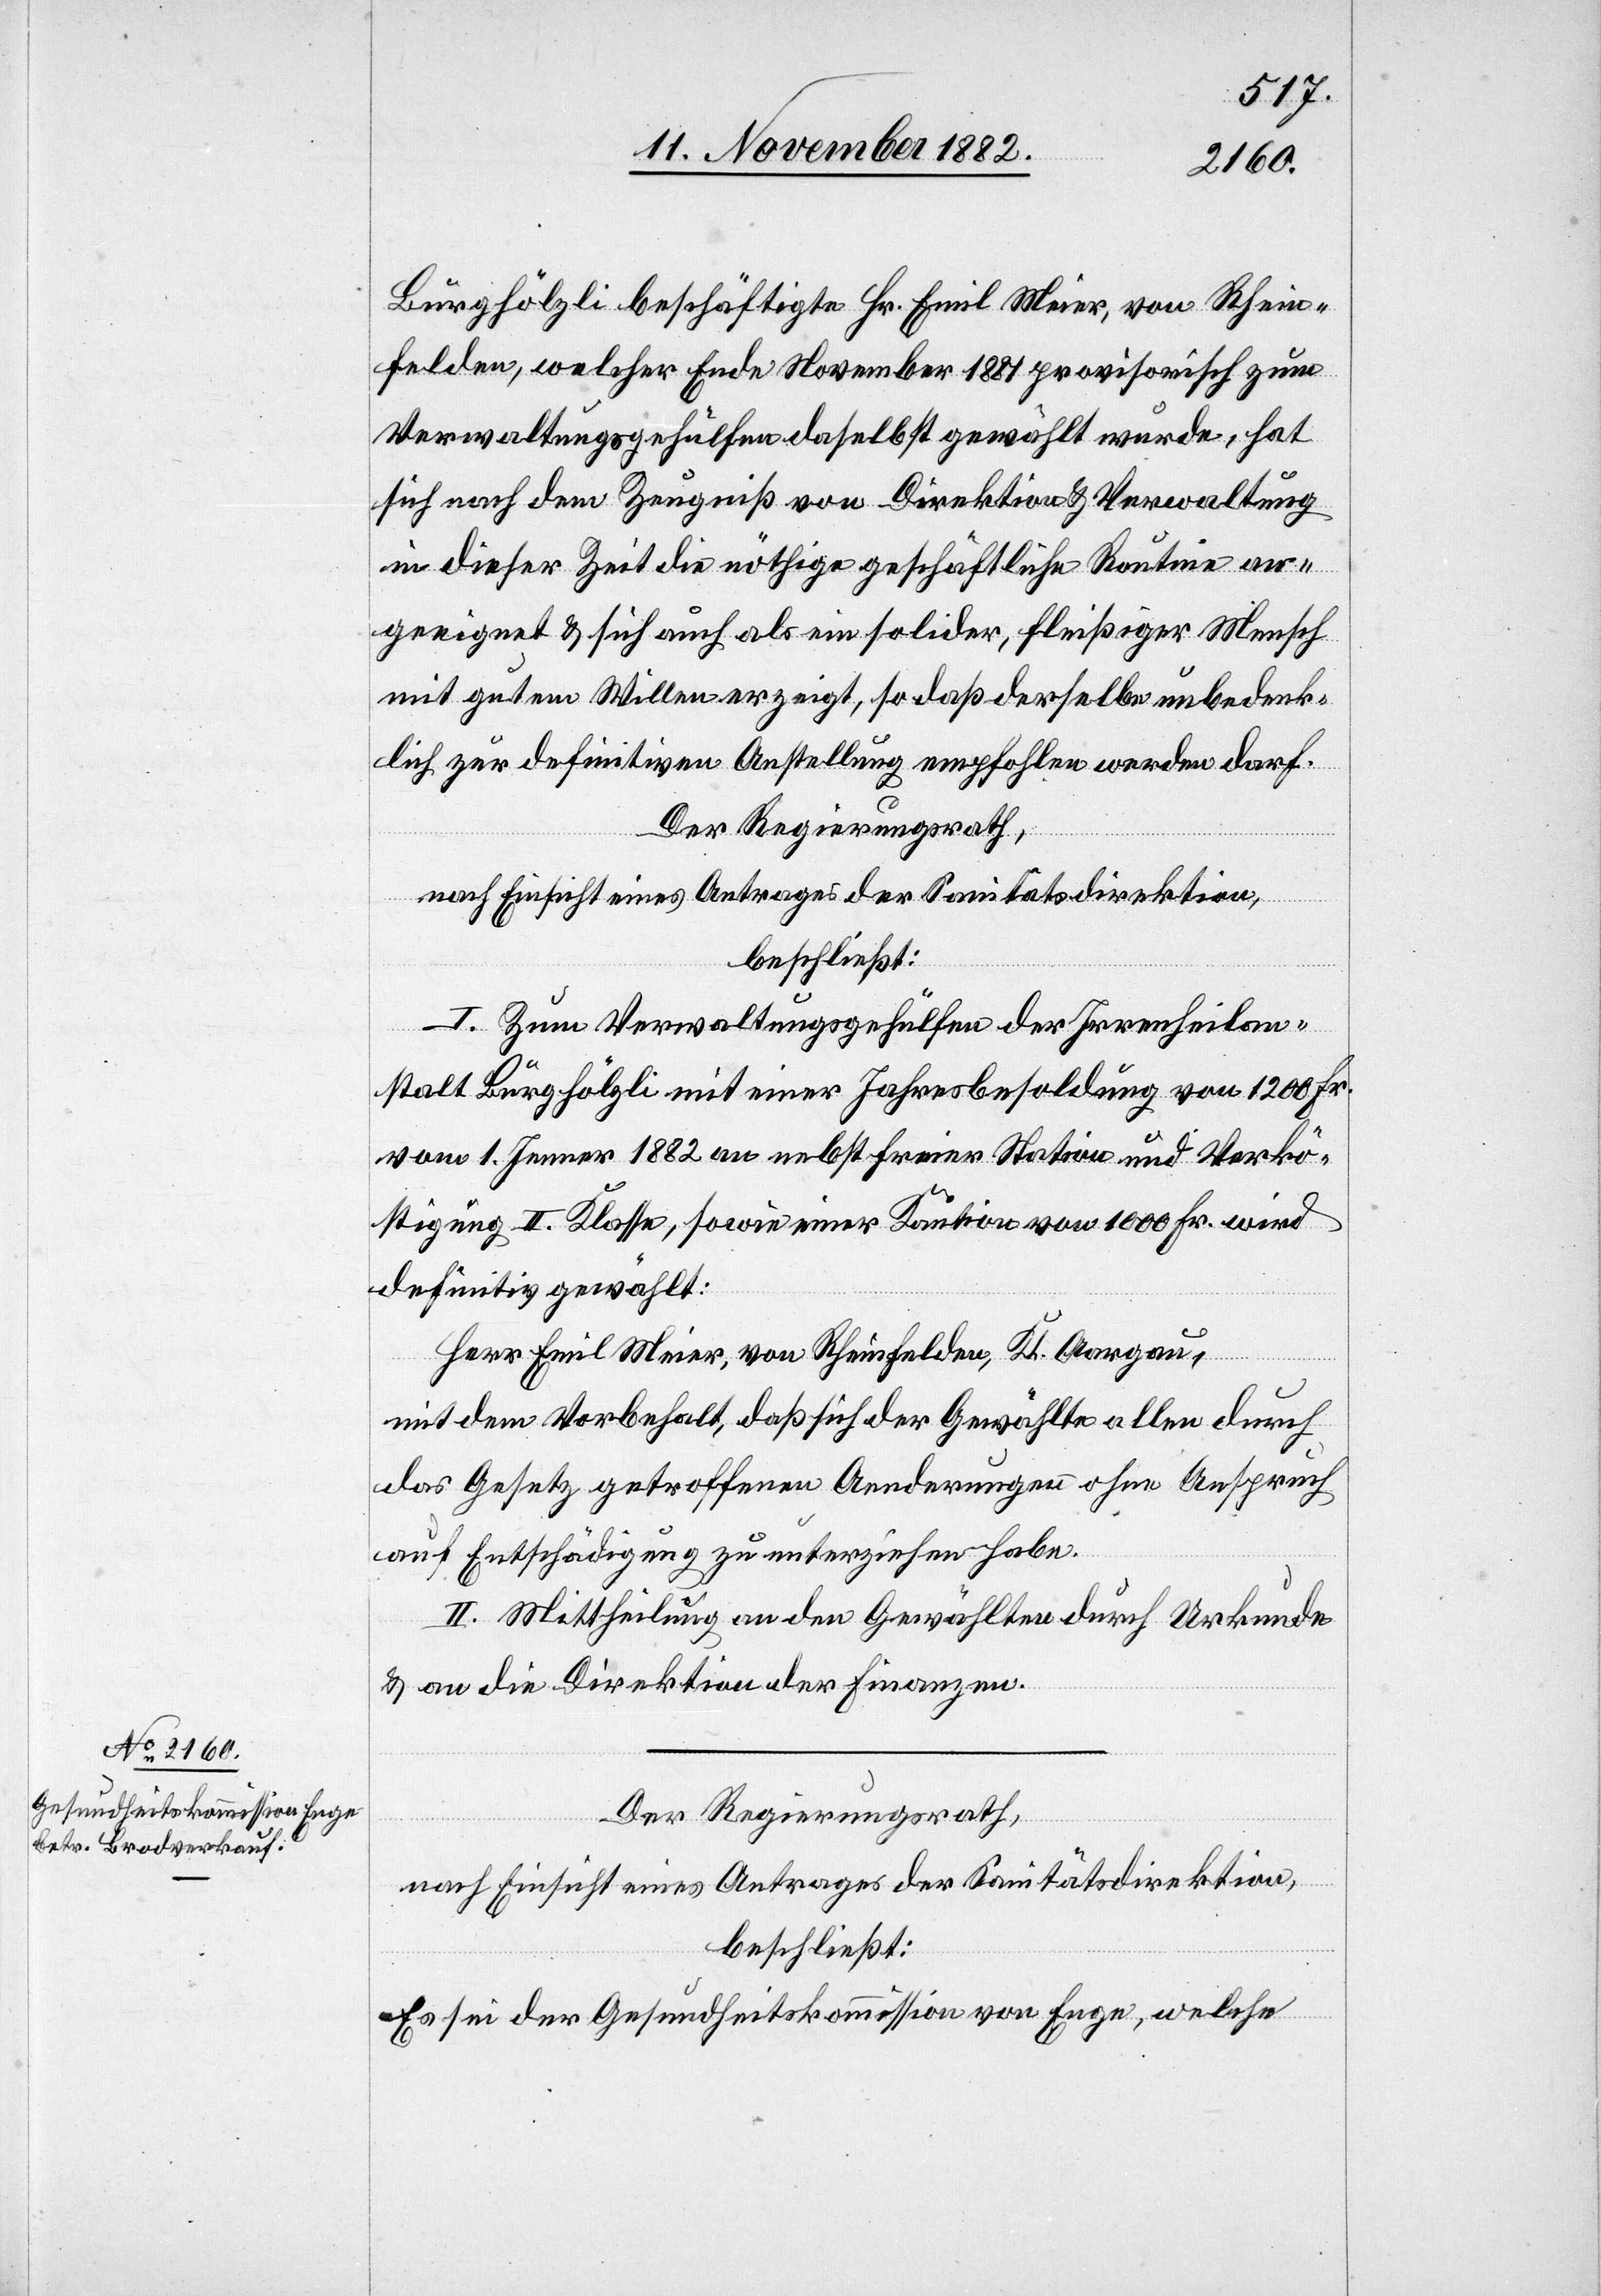
Burghölzli beschäftigte Hr. Emil Meier, von Rhein¬
felden, welcher Ende November 1881 provisorisch zum
Verwaltungsgehülfen daselbst gewählt wurde, hat
sich nach dem Zeugniß von Direktion & Verwaltung
in dieser Zeit die nöthige geschäftliche Routine an¬
geeignet & sich auch als ein solider, fleißiger Mensch
mit gutem Willen erzeigt, so daß derselbe unbedenk¬
lich zur definitiven Anstellung empfohlen werden darf.
Der Regierungsrath,
nach Einsicht eines Antrages der Sanitätsdirektion,
beschließt:
I. Zum Verwaltungsgehülfen der Irrenheilan¬
stalt Burghölzli mit einer Jahresbesoldung von 1200 Fr.
vom 1. Jenner 1882 an nebst freier Station und Verkö¬
stigung II. Klasse, sowie einer Kaution von 1000 Fr. wird
definitiv gewählt:
Herr Emil Meier, von Rheinfelden, Kt. Aargau,
mit dem Vorbehalt, daß sich der Gewählte allen durch
das Gesetz getroffenen Aenderungen ohne Anspruch
auf Entschädigung zu unterziehen habe.
II. Mittheilung an den Gewählten durch Urkunde
& an die Direktion der Finanzen.
Der Regierungsrath,
nach Einsicht eines Antrages der Sanitätsdirektion,
beschließt:
Es sei der Gesundheitskommission von Enge, welche